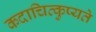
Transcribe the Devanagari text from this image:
कदाचित्कुप्यते